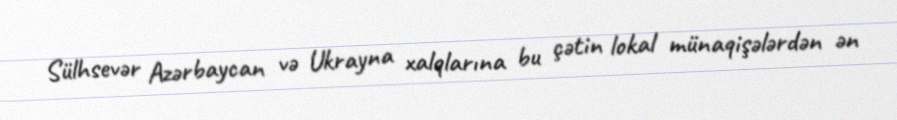
Sülhsevər Azərbaycan və Ukrayna xalqlarına bu çətin lokal münaqişələrdən ən